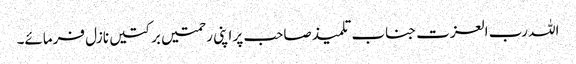
اللہ رب العزت جناب تلمیذ صاحب پر اپنی رحمتیں برکتیں نازل فرمائے۔